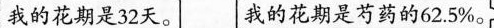
我的花期是32天。 我的花期是芍药的62.5%。